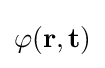
{\textstyle \varphi (\mathbf {r} ,\mathbf {t} )}